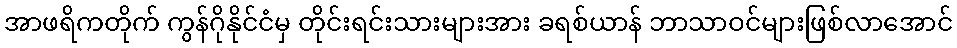
အာဖရိကတိုက် ကွန်ဂိုနိုင်ငံမှ တိုင်းရင်းသားများအား ခရစ်ယာန် ဘာသာဝင်များဖြစ်လာအောင်